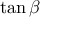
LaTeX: \tan \beta